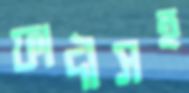
ফাদীসহ